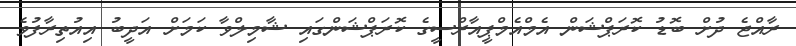
ރާއްޖެ ދުށް ބޮޑު ކޮރަޕްޝަން އެމްއެމްޕީއާރްސީގެ ކޮރަޕްޝަންގައި ޝާމިލްވާ ކަމަށް އަދީބު އިއުތިރާފުވެ